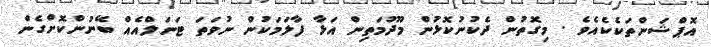
އޮޕްޝަންތަކެކެއެވެ . މިގޮތުން ދެކުނުކޮޅުން މޫދުމަތިން އަޅާ ފާލަމަކުން ނުވަތަ ޓަނަލްއެއް ބޭނުންކޮށްގެން